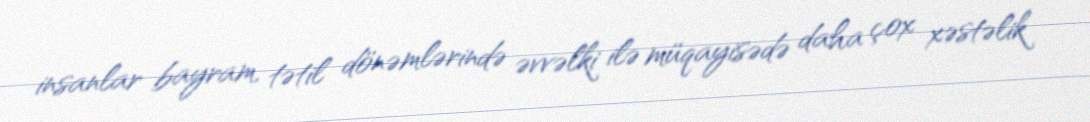
insanlar bayram, tətil dönəmlərində əvvəlki ilə müqayisədə daha çox xəstəlik